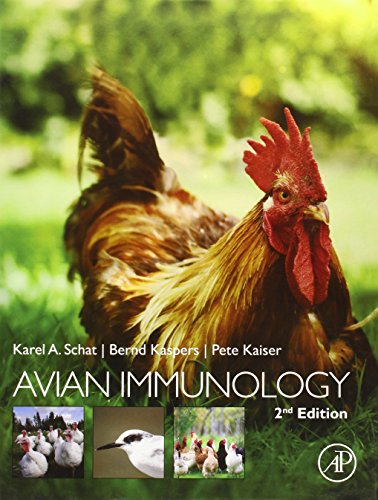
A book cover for Avian Immunology, Second Edition; Medical Books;